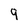
Character: 9